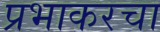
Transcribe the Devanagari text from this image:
प्रभाकरचा